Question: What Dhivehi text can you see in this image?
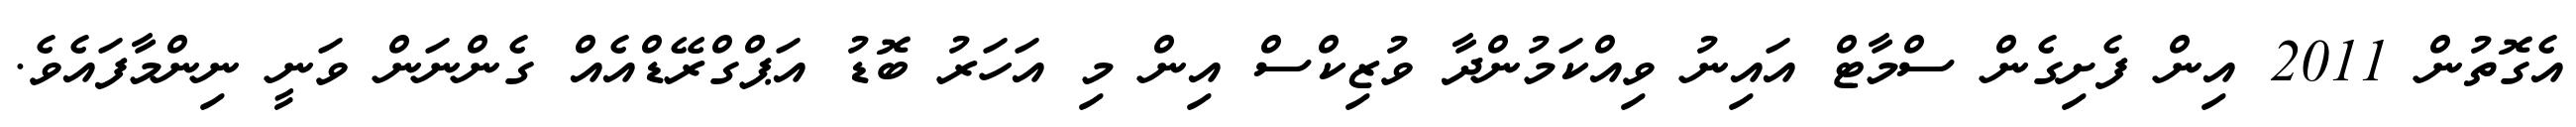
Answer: އެގޮތުން 2011 އިން ފެށިގެން ސްމާޓް އައިނު ވިއްކަމުންދާ ވުޒިކްސް އިން މި އަހަރު ބޮޑު އަޕްގްރޭޑްއެއް ގެންނަން ވަނީ ނިންމާފައެވެ.